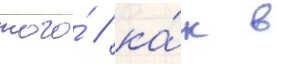
того́ / ка́к в